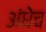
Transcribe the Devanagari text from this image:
अंधेच